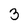
Character: 3